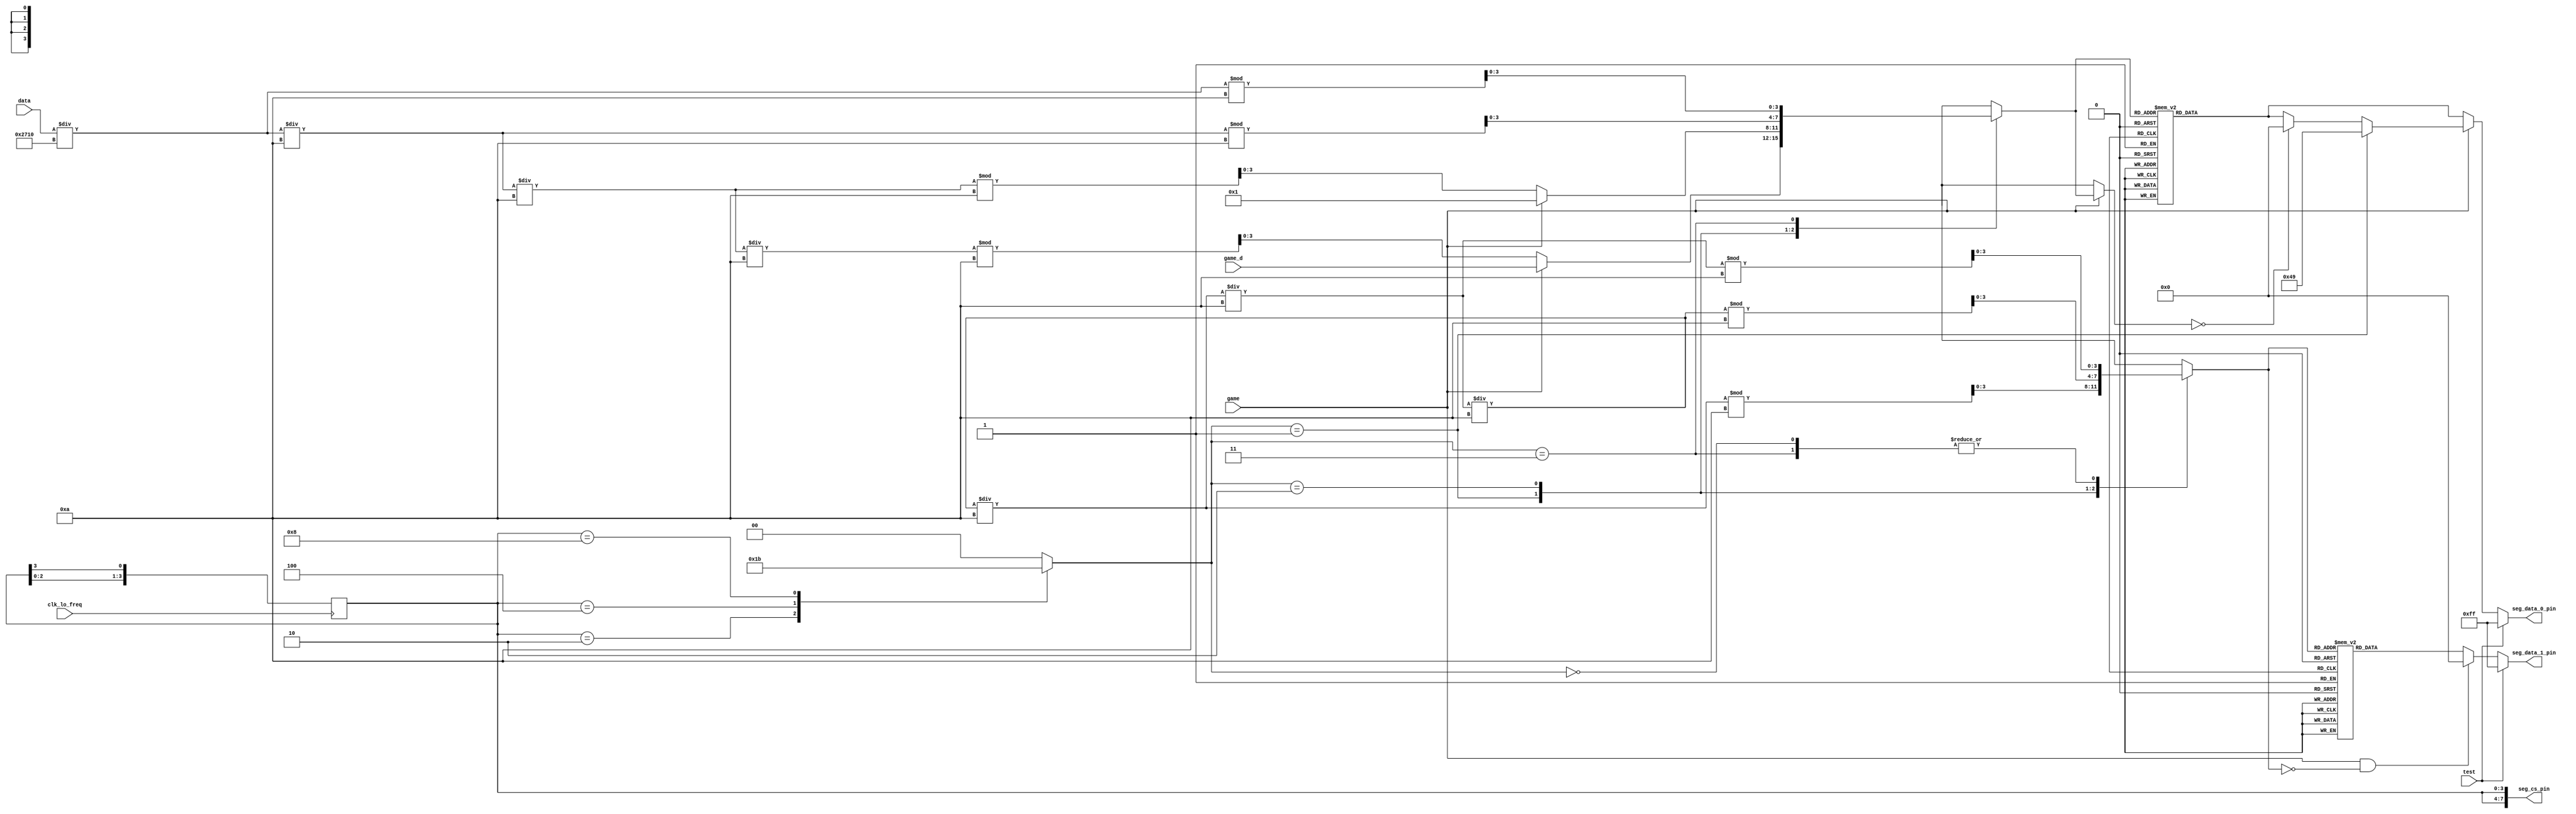
//3.ssdisplay.v

module ssdisplay
(
input clk_lo_freq, //changeable display freq
input [31:0] data,// game number and score
input [3:0] game_d, //the left game number
input test,//test display
input game,//game mode
output [7:0] seg_data_0_pin,//tube
output [7:0] seg_data_1_pin,
output [7:0] seg_cs_pin//digit
);


reg [3:0]dig_ctrl1=4'b0001;//digit control

always @(posedge clk_lo_freq)
dig_ctrl1<={dig_ctrl1[2:0],dig_ctrl1[3]};


reg [1:0]n1=0; //tube number 

always @(dig_ctrl1)
case(dig_ctrl1)
4'b0001:n1<=0;
4'b0010:n1<=1;
4'b0100:n1<=2;
5'b1000:n1<=3;
default:n1<=0;
endcase

reg [3:0] data_d1[3:0];
reg [31:0] data_reg1;

always@(n1)
begin
data_reg1=data;
if(game==1)//in game mode
begin
data_reg1=data_reg1/32'd10000;
data_d1[3]=data_reg1%32'd10;
data_reg1=data_reg1/32'd10;
data_d1[2]=data_reg1%32'd10;
data_d1[1]=32'd1;
data_d1[0]=game_d;
end
else//display score
begin
data_reg1=data_reg1/32'd10000;
data_d1[3]=data_reg1%32'd10;
data_reg1=data_reg1/32'd10;
data_d1[2]=data_reg1%32'd10;
data_reg1=data_reg1/32'd10;
data_d1[1]=data_reg1%32'd10;
data_reg1=data_reg1/32'd10;
data_d1[0]=data_reg1%32'd10;
end
end

reg [7:0] out1;

always @(n1)
begin
//data_dis per tube
case(data_d1[n1])
0:out1=8'b00111111;
1:out1=8'b00000110;
2:out1=8'b01011011;
3:out1=8'b01001111;
4:out1=8'b01100110;
5:out1=8'b01101101;
6:out1=8'b01111101;
7:out1=8'b00000111;
8:out1=8'b01111111;
9:out1=8'b01101111;
4'b1111:out1=8'b00000000;//clear display
default:out1=8'b00000000;
endcase
if(game==1)//in game mode
begin
if(data_d1[n1]==0) out1=8'b00000000;//don't display 0 in game mode
if(n1==1) out1=8'b01001001;//game symbol
end
if(test==1) out1=8'b11111111; // test control
end
//left 4 digit

reg [31:0] data_reg2;
reg [3:0] data_d2[3:0];

always@(n1)
begin
data_reg2<=data;
data_d2[3]=data_reg2%32'd10;
data_reg2=data_reg2/32'd10;
data_d2[2]=data_reg2%32'd10;
data_reg2=data_reg2/32'd10;
data_d2[1]=data_reg2%32'd10;
data_reg2=data_reg2/32'd10;
data_d2[0]=data_reg2%32'd10;
end

reg [7:0] out2;

always @(n1)
begin
//data_dis per tube
case(data_d2[n1])
0:out2=8'b00111111;
1:out2=8'b00000110;
2:out2=8'b01011011;
3:out2=8'b01001111;
4:out2=8'b01100110;
5:out2=8'b01101101;
6:out2=8'b01111101;
7:out2=8'b00000111;
8:out2=8'b01111111;
9:out2=8'b01101111;
4'b1111:out2=8'b00000000;//clear display
default:out2=8'b00000000;
endcase
if(game==1&&data_d2[n1]==0) out2=8'b00000000;//don't display 0 in game mode
if(test==1) out2=8'b11111111; // test control
end
//right 4 digit

assign seg_data_0_pin=out1;
assign seg_data_1_pin=out2;

assign seg_cs_pin[0]=dig_ctrl1[0];
assign seg_cs_pin[1]=dig_ctrl1[1];
assign seg_cs_pin[2]=dig_ctrl1[2];
assign seg_cs_pin[3]=dig_ctrl1[3];

assign seg_cs_pin[4]=dig_ctrl1[0];
assign seg_cs_pin[5]=dig_ctrl1[1];
assign seg_cs_pin[6]=dig_ctrl1[2];
assign seg_cs_pin[7]=dig_ctrl1[3];

endmodule